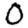
Digit: 0